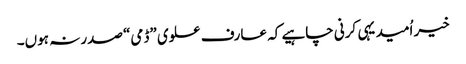
خیر اُمید یہی کرنی چاہیے کہ عارف علوی ”ڈمی“ صدر نہ ہوں۔